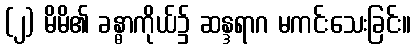
(၂) မိမိ၏ ခန္ဓာကိုယ်၌ ဆန္ဒရာဂ မကင်းသေးခြင်း။